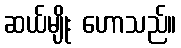
ဆယ်မျိုး ဟောသည်။